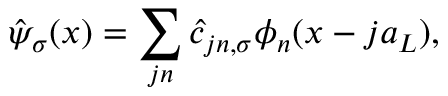
\hat { \psi } _ { \sigma } ( x ) = \sum _ { j n } \hat { c } _ { j n , \sigma } \phi _ { n } ( x - j a _ { L } ) ,